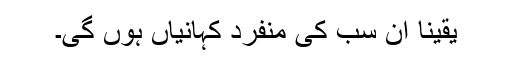
یقینا ان سب کی منفرد کہانیاں ہوں گی۔